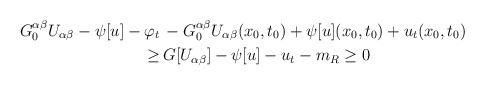
\begin{align*}\begin{aligned}G^{\alpha {\beta}}_0 U_{\alpha {\beta}} - \psi [u] - \varphi_t\,& - G^{\alpha {\beta}}_0 U_{\alpha {\beta}} (x_0, t_0) + \psi [u] (x_0, t_0) + u_t (x_0, t_0)\\\geq \,& G [U_{\alpha {\beta}}] - \psi [u] - u_t - m_R \geq 0\end{aligned}\end{align*}